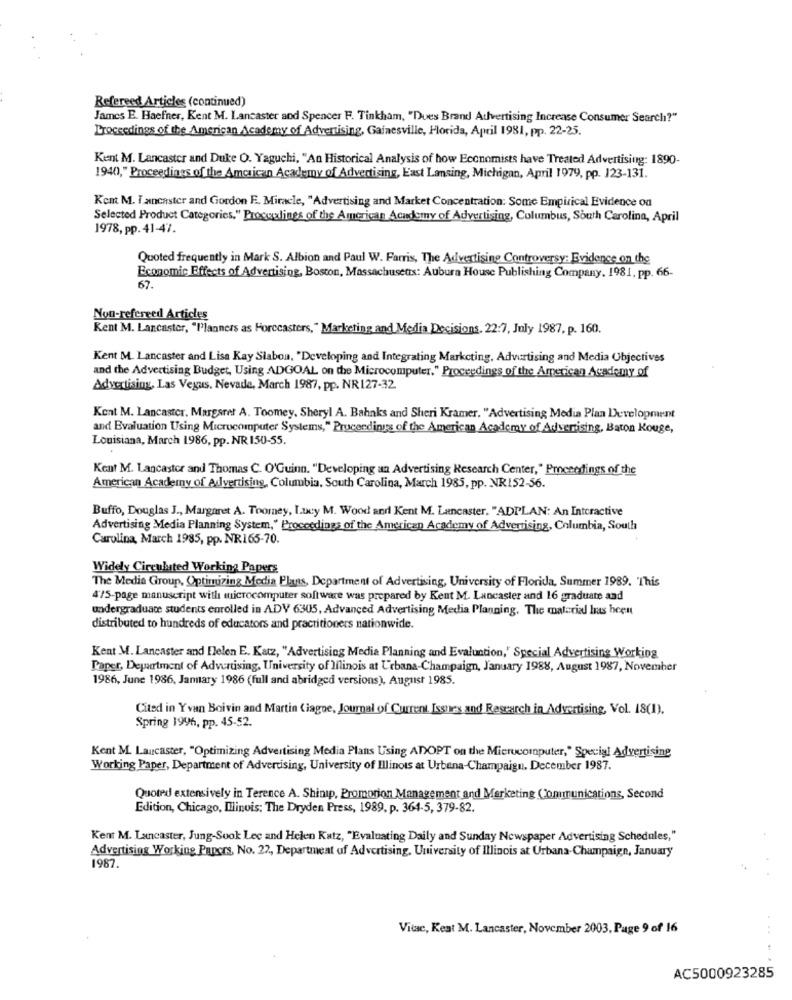
Refereed Articles (continued)
James E. Haefner, Kent M. Lancaster and Spencer F. Tinkham, "Dues Brand Advertising Increase Consumer Search?"
Proceedings of the American Academy of Advertising, Gainesville, Horida, April 1981, pp. 22-25.
Kent M. Lancaster and Duke O. Yaguchi, "An Historical Analysis of how Economists have Treated Advertising: 1890-
1940," Proceedings of the American Academy of Advertising, East Lansing, Michigan, April 1979, pp. 123-131.
Kent M. I ancaster and Gordon F. Miracle, "Advertising and Market Concentration: Some Empirical Evidence on
Selected Product Categories," Procualings of the American Academy of Advertising, Columbus, South Carolina, April
1978, pp.41-47.
Quoted frequently in Mark S. Albion and Paul W. Farris, The Advertising Controversy: Evidence on the
Economic Effects of Advertising, Boston, Massachusetts: Aubura House Publishing Company. 1981, pp. 66-
67.
Non-refereed Articles
Rent M. Lancaster, "Planners as Horecasters," Marketing and Media Decisions. 22:7, July 1987, p. 160.
Kent M. Lancaster and Lisa Kay Slabou, "Developing and Integrating Marketing, Advertising and Media Objectives
and the Advertising Budget, Using ADGOAL on the Microcomputer." Proceedings of the American Academy of
Adwatising, Las Vegas, Nevada, March 1987, pp. NR127-32.
Kent M. Lancaster, Margaret A. Toomey, Sheryl A. Bahnks and Sheri Kramer. "Advertising Media Plan Development
and Evaluation Using Microcomputer Systems," Proceedings of the American Academy of Advertising, Baton Rouge,
Louisiana, March 1986, pp. NR 150-55.
Kent M. Lancaster and Thomas C. O'Guinn, "Developing an Advertising Research Center," Proceedings of the
American Academy of Advertising, Columbia. South Carolina, March 1985, pp. NR152-56.
Buffo, Douglas J ., Margaret A. Toomey, Lucy M. Wood and Kent M. Lancaster, "ADPLAN: An Interactive
Advertising Media Planning System," Proceedings of the American Academy of Advertising, Columbia, South
Carolina, March 1985, pp. NR165-70.
Widely Circulated Working Papers
The Media Group, Optimizing Media Plans, Department of Advertising, University of Florida, Summer 1989. This
475-page manuscript with microcomputer software was prepared by Kent M. Lancaster and 16 graduate and
undergraduate students enrolled in ADV 6305, Advanced Advertising Media Planning. The material has been
distributed to hundreds of educators and practitioners nationwide.
Kent M. Lancaster and Flelen E. Katz, "Advertising Media Planning and Evaluation,' Special Advertising Working
Paper, Department of Advertising, University of Ilinois at Urbana-Champaign, January 1988, August 1987, November
1986, June 1986, January 1986 (full and abridged versions), August 1985.
Cited in Yvan Boivin and Martin Ciagne, Journal of Current Issues and Research in Advertising, Vol. 18(1).
Spring 1996, pp. 45-52.
Kent M. Lancaster, "Optimizing Advertising Media Plans Using ADOPT on the Microcomputer," Special Advertising
Working Paper, Department of Advertising, University of Illinois at Urbana-Champaign. December 1987.
Quoted extensively in Terence A. Shinip, Promotion Management and Marketing Communications, Second
Edition, Chicago, Illinois: The Dryden Press, 1989, p. 364-5, 379-82.
Kent M. Lancaster, Jung-Sook Lec and Helen Katz, "Evaluating Daily and Sunday Newspaper Advertising Schedules,"
Advertising Working Papers, No. 22, Department of Advertising, University of Illinois at Urbana-Champaign, January
1987.
Vitae, Keat M. Lancaster, November 2003. Page 9 of 16
AC5000923285